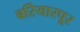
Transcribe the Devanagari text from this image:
बरियारपूर